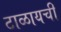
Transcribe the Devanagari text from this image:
टाळायची